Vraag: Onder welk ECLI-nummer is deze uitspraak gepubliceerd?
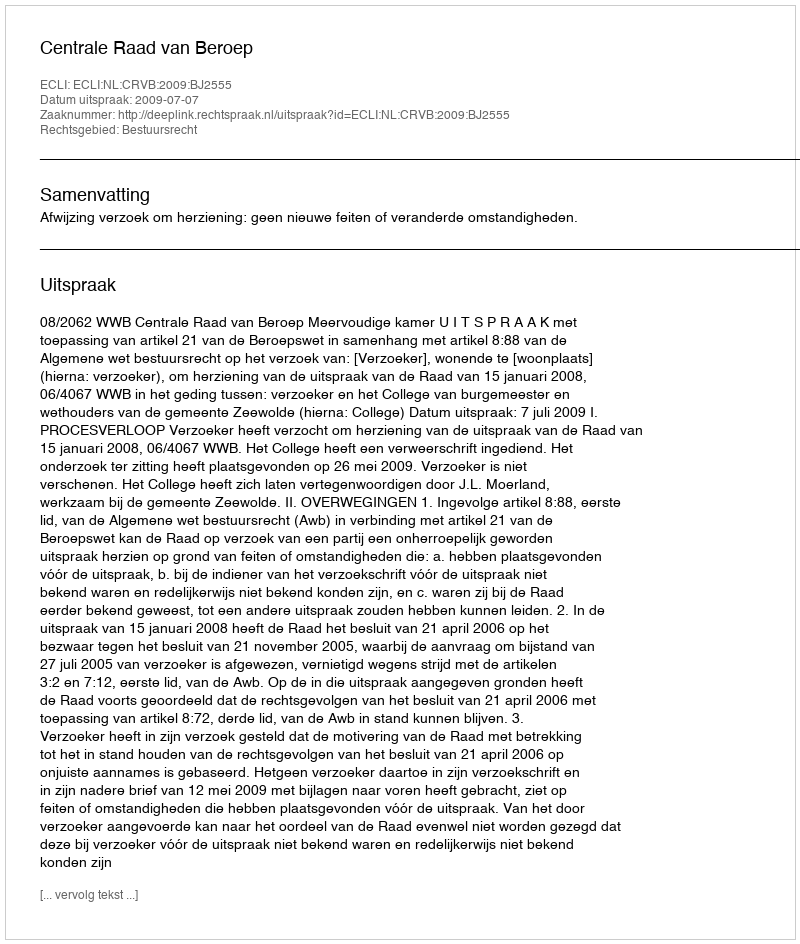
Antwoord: ECLI:NL:CRVB:2009:BJ2555